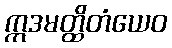
ဣဒမတ္ထိတံယေဝ